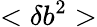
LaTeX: <\delta b^{2}>